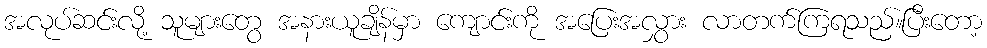
အလုပ်ဆင်းလို့ သူများတွေ အနားယူချိန်မှာ ကျောင်းကို အပြေးအလွှား လာတက်ကြရသည်။ပြီးတော့